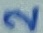
Text: 2